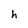
Character: h